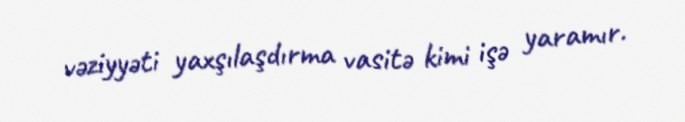
vəziyyəti yaxşılaşdırma vasitə kimi işə yaramır.